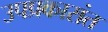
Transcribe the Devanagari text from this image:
उपप्रकारांत